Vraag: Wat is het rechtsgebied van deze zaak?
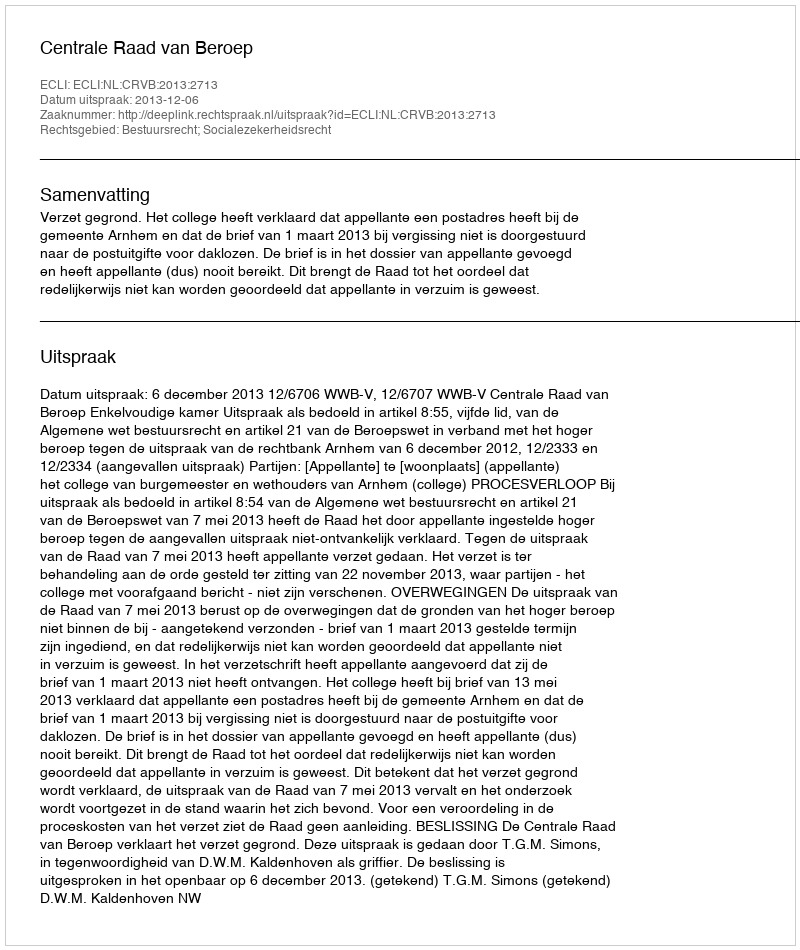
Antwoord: Bestuursrecht; Socialezekerheidsrecht